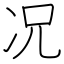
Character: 况